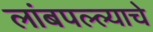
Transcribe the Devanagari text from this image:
लांबपल्ल्याचे